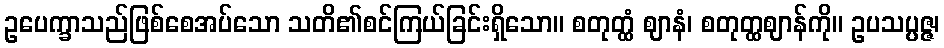
ဥပေက္ခာသည်ဖြစ်စေအပ်သော သတိ၏စင်ကြယ်ခြင်းရှိသော။ စတုတ္ထံ ဈာနံ၊ စတုတ္ထဈာန်ကို။ ဥပသပ္ပဇ္ဇ၊